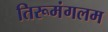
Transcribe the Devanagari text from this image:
तिरूमंगलम